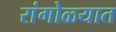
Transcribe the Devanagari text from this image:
रांगोळ्यात